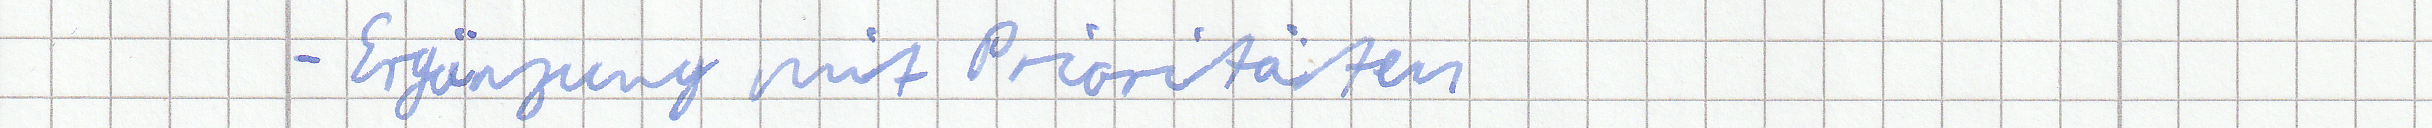
- Ergänzung mit Prioritäten